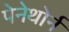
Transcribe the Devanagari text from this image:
पेनेथोर्न